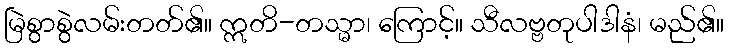
မြဲစွာစွဲလမ်းတတ်၏။ ဣတိ-တသ္မာ၊ ကြောင့်။ သီလဗ္ဗတုပါဒါနံ၊ မည်၏။